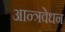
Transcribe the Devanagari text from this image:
आन्त्रवेधन